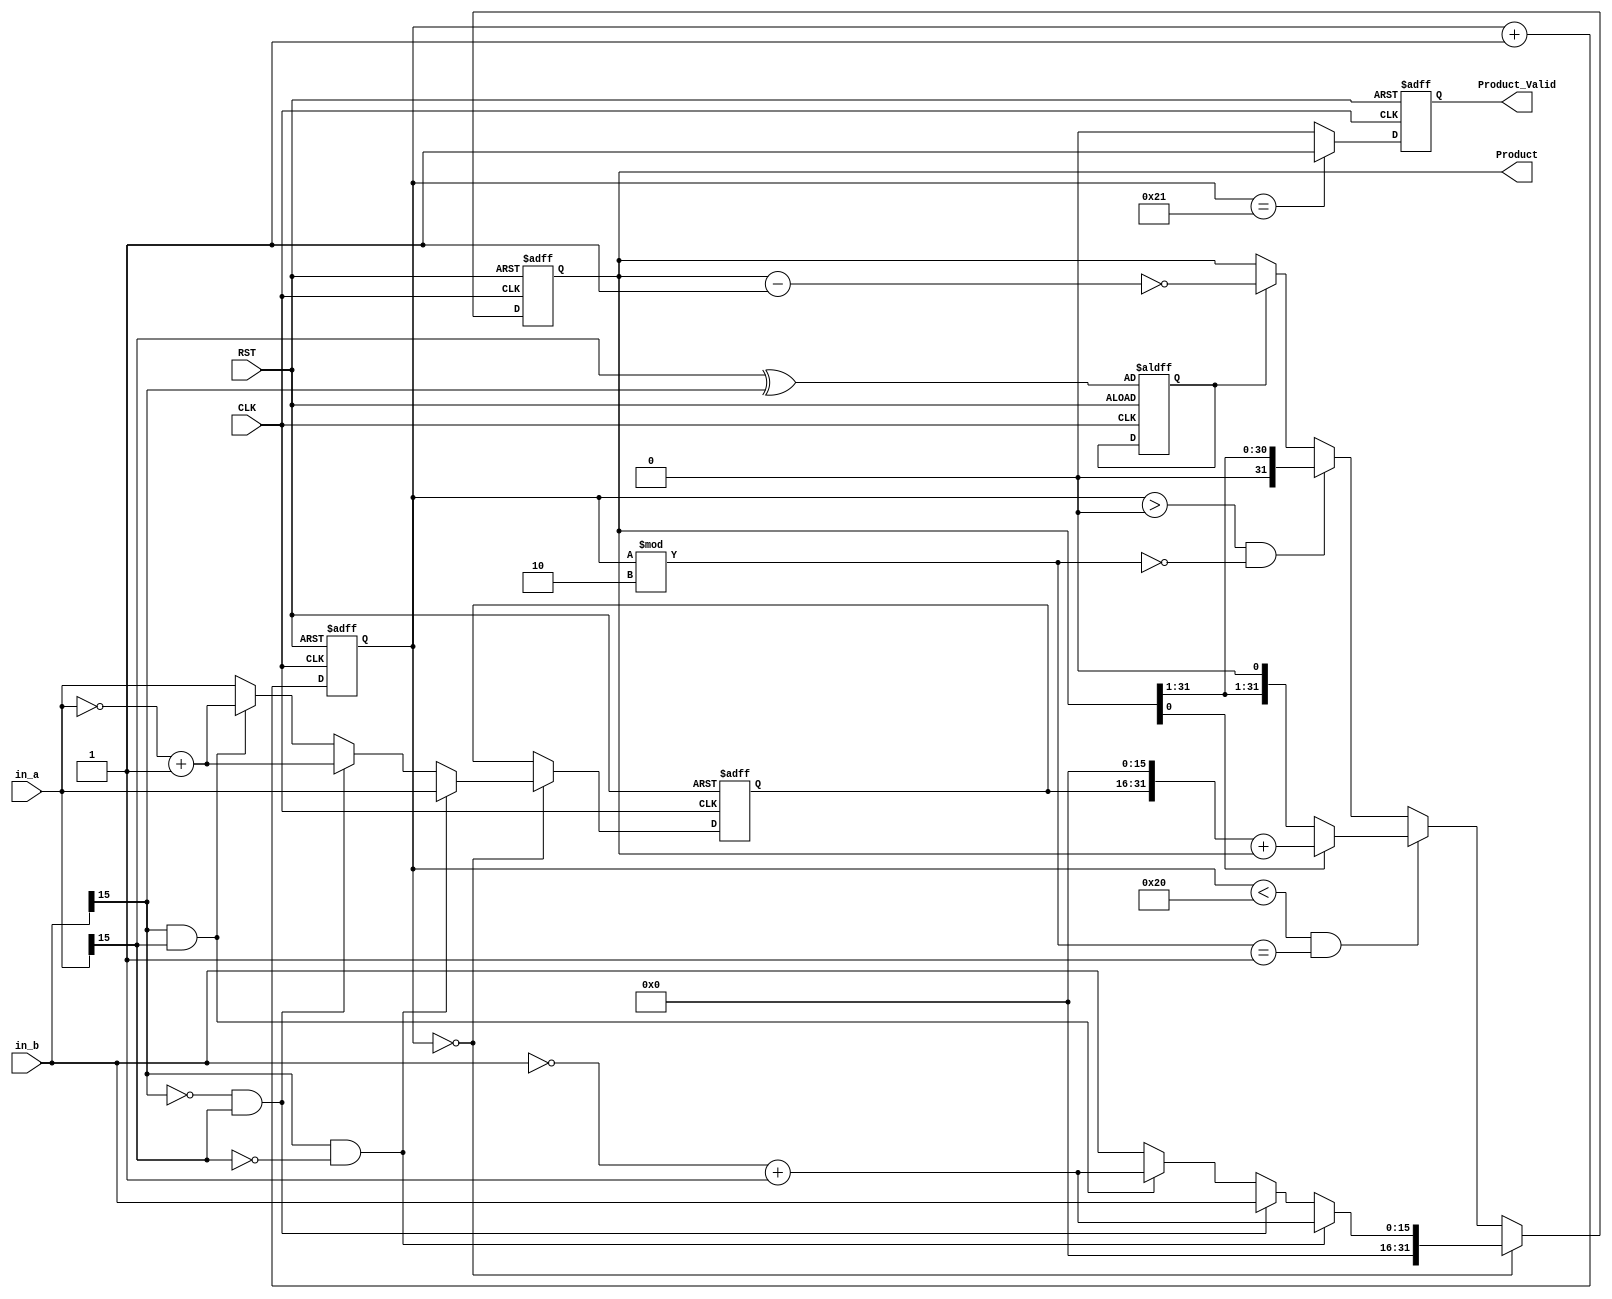
//(1ns)(1ps)
`timescale 1ns/1ps

//module,
module lab(
	CLK, 
	RST, 
	in_a, 
	in_b, 
	Product, 
	Product_Valid
);
// in_a * in_b = Product
// in_a is Multiplicand , in_b is Multiplier
					
//port, input, output
input 			CLK, RST;
input 	[15:0]	in_a;			// Multiplicand
input 	[15:0]	in_b;			// Multiplier
output 	[31:0]  Product;
output  		Product_Valid;

reg 	[15:0]	Mplicand;		//  15bit
reg 	[31:0]	Product;
reg 			Product_Valid;
reg 	[7:0]	Counter ;
reg				sign;	//isSigned
//reg		 		turn;
//Counter
always @(posedge CLK or posedge RST)
begin
	if (RST)
		Counter <= 7'b0;
	else
		Counter <= Counter + 7'b1;
end

//Product
always @(posedge CLK or posedge RST)
begin
	//
	if (RST) begin
		Product  <= 31'b0;
		Mplicand <= 16'b0;
		/*
			
			write your code here
		*/
		sign <= (in_a[15]) ^ (in_b[15]);
	end

	//
	else if (Counter == 7'd0 ) begin
		//
		if ((in_b[15] == 1) && (in_a[15] == 0) )begin
			Mplicand 	<= in_a; 
			Product	 	<= {16'b0, ~in_b+1'b1};
		end
		else if ( (in_b[15] == 0) && (in_a[15] == 1) )begin
			Mplicand 	<= ~in_a+1;
			Product	 	<= {16'b0, in_b};
		end
		else if ( (in_b[15] == 1) && (in_a[15] == 1) ) begin
			Mplicand 	<= ~in_a+1;
			Product	 	<= {16'b0, ~in_b+1'b1};
		end
		else begin
			Mplicand 	<= in_a;
			Product	 	<= {16'b0, in_b};
		end


	end
	
	//
	// 1  Product	<= {Mplicand,16'b0} + Product
	else if ( (Counter < 7'd32) && ( Counter % 7'd2 == 7'd1 ) )begin
		if (Product[0] == 1'b1)begin
			//write your code here
			Product 	<= {Mplicand,16'b0} + Product  ;
		end
	end
	
	//
	else if ( (Counter > 7'd0 ) && (Counter % 7'd2 == 7'd0) )begin
	//else if ( Counter == 7'd32  )begin
		Product <= Product >> 1'b1;
	end
		
		//write your code here
		//if (sign == 1'b1)
			//write your code here
			
	else begin
		//
		if (sign == 1'b1 ) begin
			Product <= ~(Product-1'b1)  ;
			Mplicand	<= Mplicand;
		end
		else begin 
			Product <= Product  ;
			Mplicand<= Mplicand;
		end
	end
end

//Product_Valid
always @(posedge CLK or posedge RST)
begin
	if (RST)
		Product_Valid <=1'b0;
	else if (Counter== 7'd33)
		Product_Valid <=1'b1;
	else
		Product_Valid <=1'b0;
end

endmodule